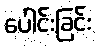
ပေါင်းခြင်း